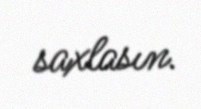
saxlasın.